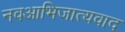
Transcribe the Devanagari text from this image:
नवआभिजात्यवाद